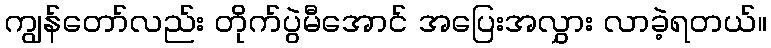
ကျွန်တော်လည်း တိုက်ပွဲမီအောင် အပြေးအလွှား လာခဲ့ရတယ်။